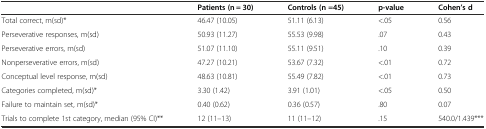
<table><thead><tr><td></td><td><b>Patients (n = 30)</b></td><td><b>Controls (n =45)</b></td><td><b>p-value</b></td><td><b>Cohen’s d</b></td></tr></thead><tbody><tr><td>Total correct, m(sd)*</td><td>46.47 (10.05)</td><td>51.11 (6.13)</td><td>&lt;.05</td><td>0.56</td></tr><tr><td>Perseverative responses, m(sd)</td><td>50.93 (11.27)</td><td>55.53 (9.98)</td><td>.07</td><td>0.43</td></tr><tr><td>Perseverative errors, m(sd)</td><td>51.07 (11.10)</td><td>55.11 (9.51)</td><td>.10</td><td>0.39</td></tr><tr><td>Nonperseverative errors, m(sd)</td><td>47.27 (10.21)</td><td>53.67 (7.32)</td><td>&lt;.01</td><td>0.72</td></tr><tr><td>Conceptual level response, m(sd)</td><td>48.63 (10.81)</td><td>55.49 (7.82)</td><td>&lt;.01</td><td>0.73</td></tr><tr><td>Categories completed, m(sd)*</td><td>3.30 (1.42)</td><td>3.91 (1.01)</td><td>&lt;.05</td><td>0.50</td></tr><tr><td>Failure to maintain set, m(sd)*</td><td>0.40 (0.62)</td><td>0.36 (0.57)</td><td>.80</td><td>0.07</td></tr><tr><td>Trials to complete 1st category, median (95% CI)**</td><td>12 (11–13)</td><td>11 (11–12)</td><td>.15</td><td>540.0/1.439***</td></tr></tbody></table>